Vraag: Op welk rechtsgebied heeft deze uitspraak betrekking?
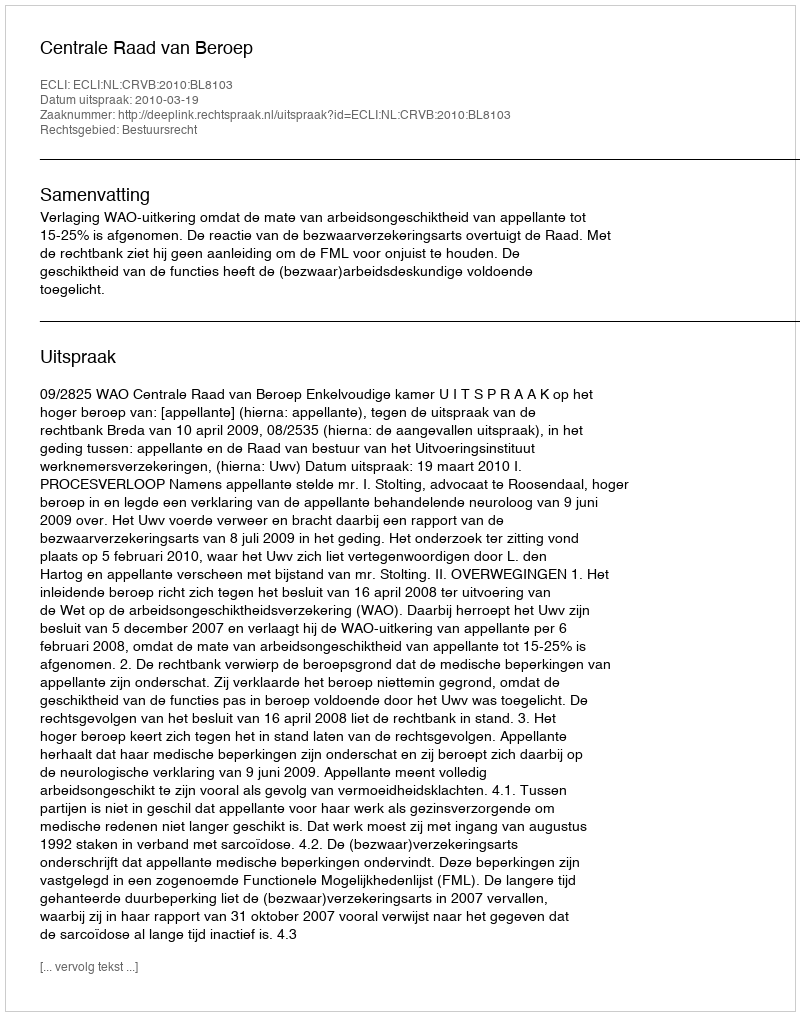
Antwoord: Bestuursrecht